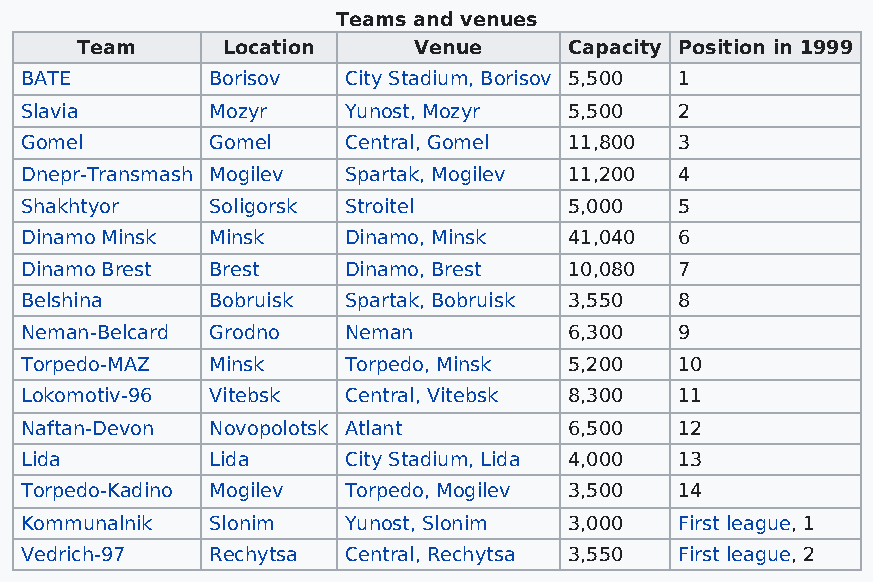
Teams and venues
 Team      Location    Venue      Capacity Position in 1999
 BATE         Borisov  City Stadium, Borisov 5,500 1
 Slavia       Mozyr    Yunost, Mozyr  5,500  2
 Gomel        Gomel    Central, Gomel 11,800 3
 Dnepr-Transmash Mogilev Spartak, Mogilev 11,200 4
 Shakhtyor    Soligorsk Stroitel      5,000  5
 Dinamo Minsk Minsk    Dinamo, Minsk  41,040 6
 Dinamo Brest Brest    Dinamo, Brest  10,080 7
 Belshina     Bobruisk Spartak, Bobruisk 3,550 8
 Neman-Belcard Grodno  Neman          6,300  9
 Torpedo-MAZ  Minsk    Torpedo, Minsk 5,200  10
 Lokomotiv-96 Vitebsk  Central, Vitebsk 8,300 11
 Naftan-Devon Novopolotsk Atlant      6,500  12
 Lida         Lida     City Stadium, Lida 4,000 13
 Torpedo-Kadino Mogilev Torpedo, Mogilev 3,500 14
 Kommunalnik  Slonim   Yunost, Slonim 3,000  First league, 1
 Vedrich-97   Rechytsa Central, Rechytsa 3,550 First league, 2